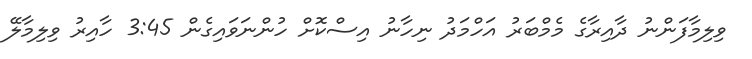
ވިލިމާފަންނު ދާއިރާގެ މެމްބަރު އަހްމަދު ނިހާނު އިސްކޮށް ހުންނަވައިގެން 3:45 ހާއިރު ވިލިމާލޭ